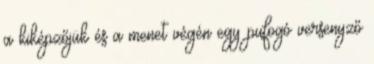
a kiképzőjük és a menet végén egy pufogó versenyző